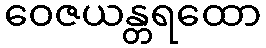
ဝေဇယန္တရထော